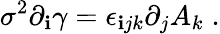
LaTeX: \sigma^{2}\partial_{\mathbf{i}}\gamma=\epsilon_{\mathbf{i}jk}\partial_{j}A_{k}\; .